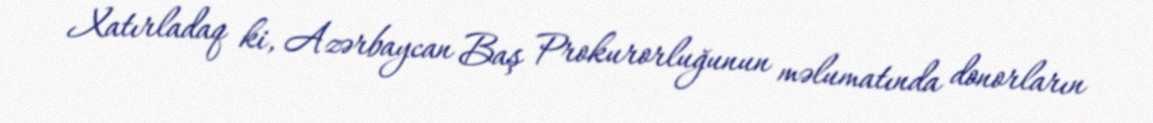
Xatırladaq ki, Azərbaycan Baş Prokurorluğunun məlumatında donorların